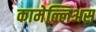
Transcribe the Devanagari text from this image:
कामेल्लिअस